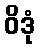
ဝိဒုံ